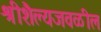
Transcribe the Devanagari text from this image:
श्रीशैल्यजवळील